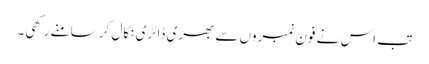
تب اس نے فون نمبروں سے بھری ڈائری نکال کر سامنے رکھی۔